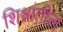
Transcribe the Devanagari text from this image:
शिश्नांतील